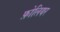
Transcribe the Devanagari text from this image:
फ़ोलियर